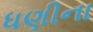
ધણીના